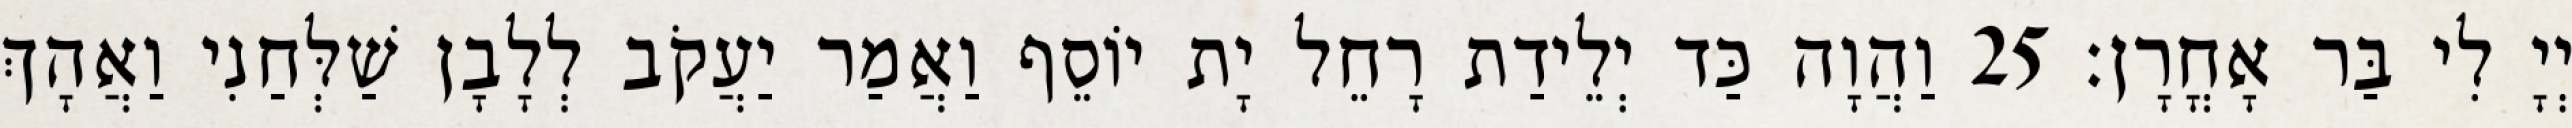
יְיָ לִי בַּר אָחֳרָן׃ 25 וַהֲוָה כַּד יְלֵידַת רָחֵל יָת יוֹסֵף וַאֲמַר יַעֲקֹב לְלָבָן שַׁלְּחַנִי וַאֲהָךְ